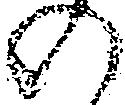
の